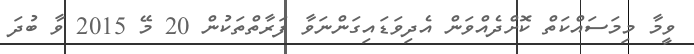
ވީމާ މިމަސައްކަތް ކޮށްދެއްވަން އެދިވަޑައިގަންނަވާ ފަރާތްތަކުން 20 މޭ 2015 ވާ ބުދަ